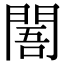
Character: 䦜